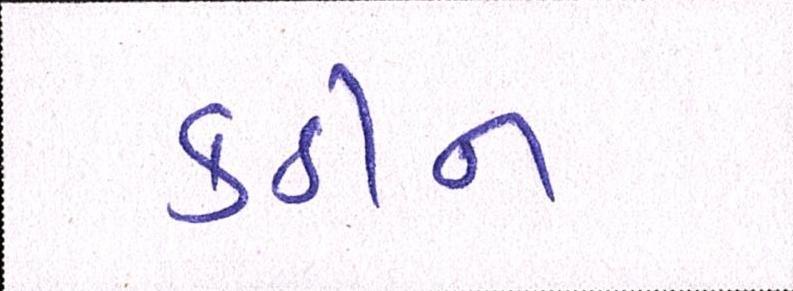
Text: કઠીન